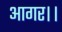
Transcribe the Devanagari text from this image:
आगर।।